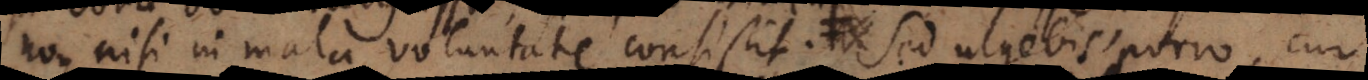
non nisi in mala voluntate consistit. Et urgebis porro, mir